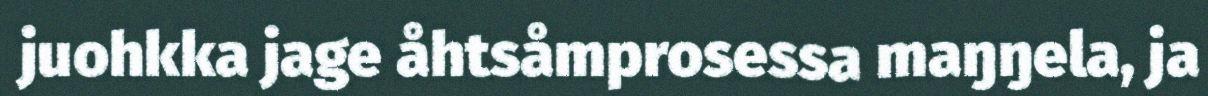
juohkka jage åhtsåmprosessa maŋŋela, ja